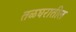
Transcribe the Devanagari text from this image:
तळघरातील